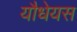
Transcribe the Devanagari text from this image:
यौधेयस